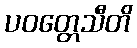
ပဝတ္တေသီတိ